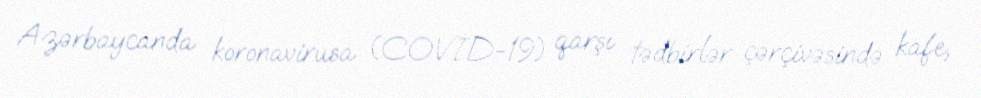
Azərbaycanda koronavirusa (COVİD-19) qarşı tədbirlər çərçivəsində kafe,